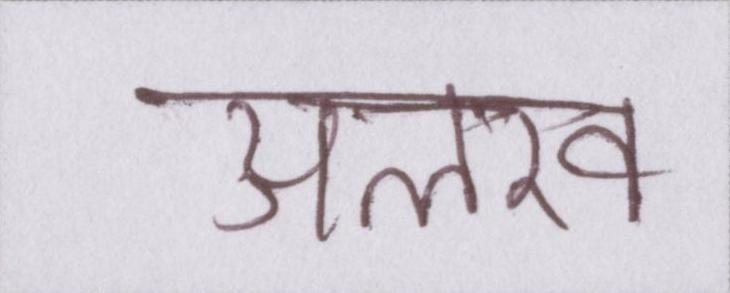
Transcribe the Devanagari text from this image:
अलख